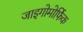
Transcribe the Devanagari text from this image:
जाइगोमोर्फिक